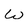
Character: W